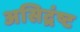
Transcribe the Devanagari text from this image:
असिद्रंष्ट